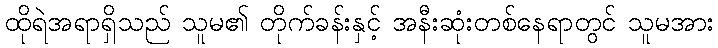
ထိုရဲအရာရှိသည် သူမ၏ တိုက်ခန်းနှင့် အနီးဆုံးတစ်နေရာတွင် သူမအား